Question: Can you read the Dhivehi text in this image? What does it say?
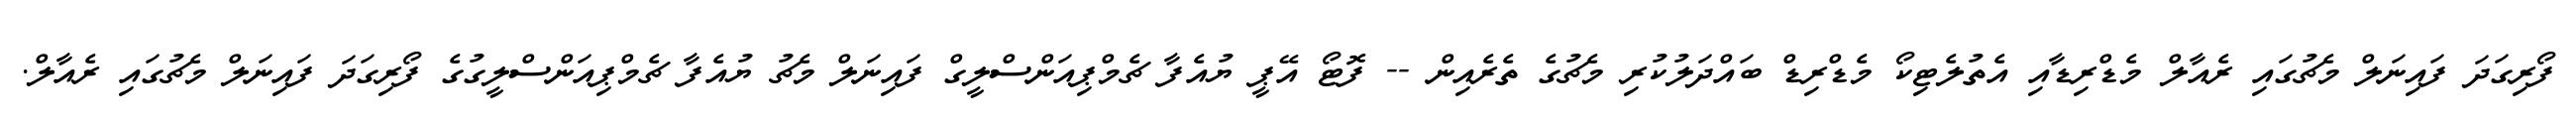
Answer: ފޯރިގަދަ ފައިނަލް މެޗުގައި ރެއާލް މެޑްރިޑާއި އެތުލެޓިކޯ މެޑްރިޑް ބައްދަލުކުރި މެޗުގެ ތެރެއިން -- ފޮޓޯ އޭޕީ ޔުއެފާ ޗެމްޕިއަންސްލީގް ފައިނަލް މެޗު ޔުއެފާ ޗެމްޕިއަންސްލީގުގެ ފޯރިގަދަ ފައިނަލް މެޗުގައި ރެއާލް.